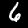
Digit: 6